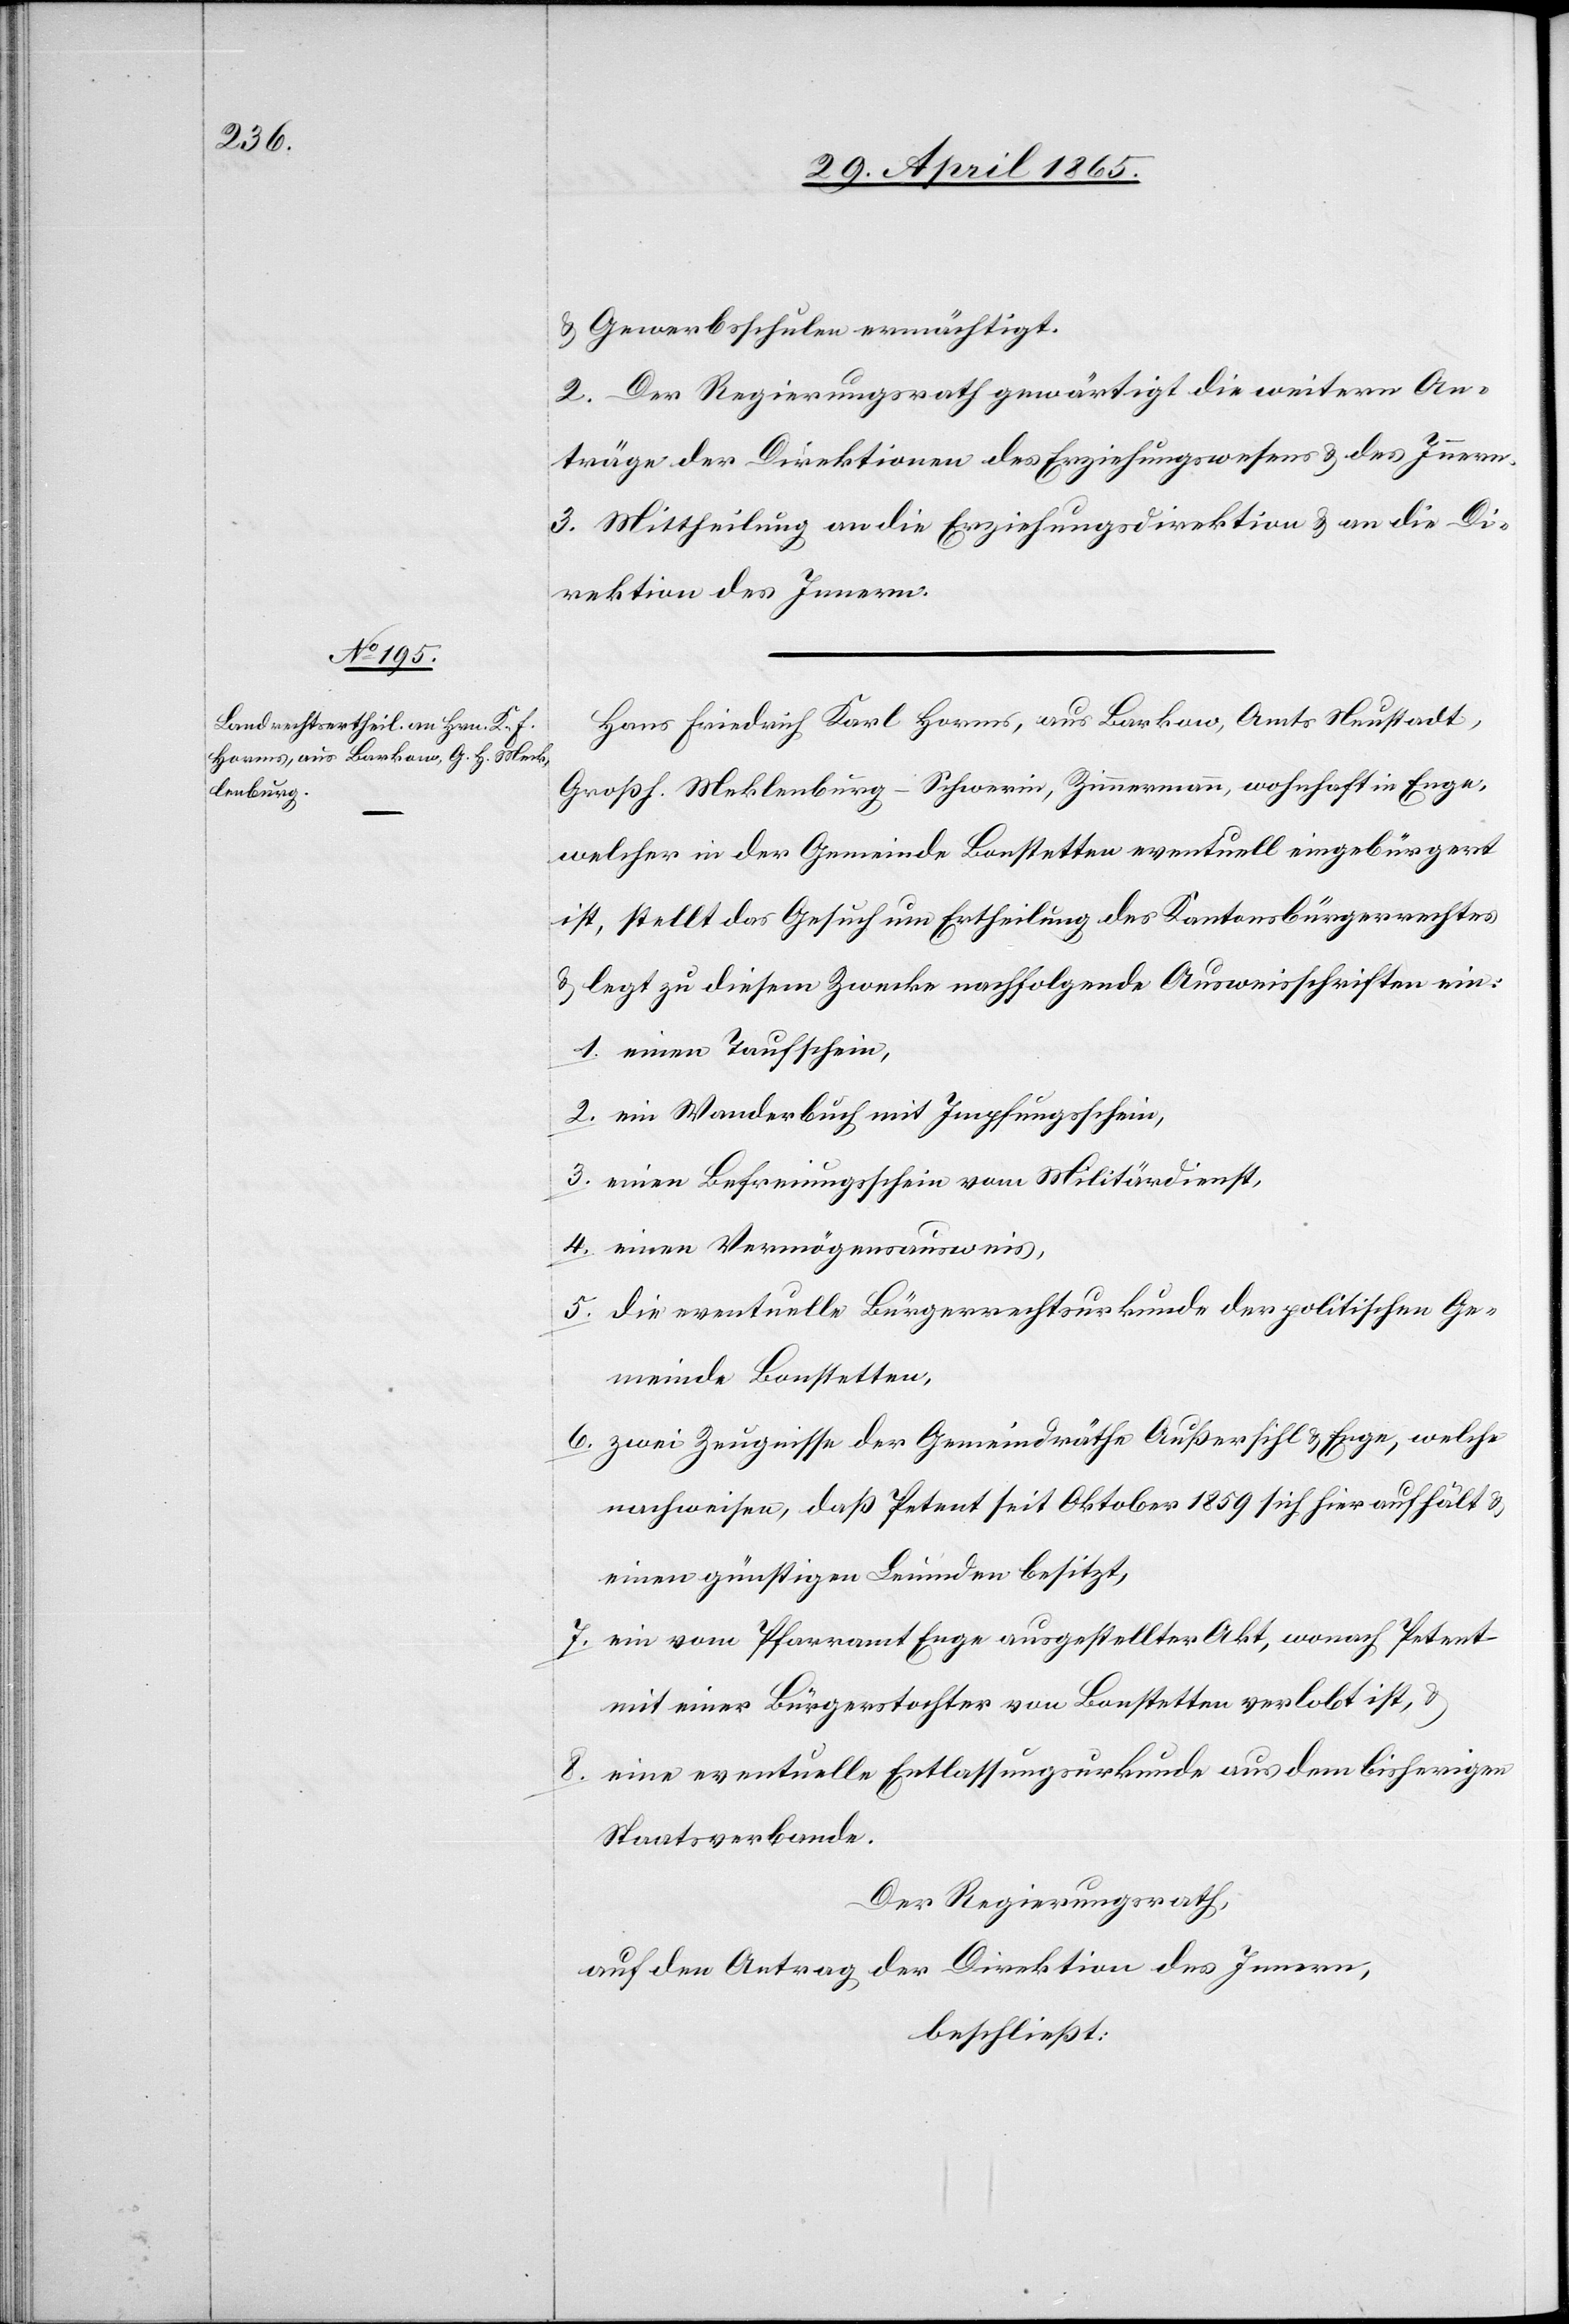
& Gewerbsschulen ermächtigt.
2. Der Regierungsrath gewärtigt die weitern An¬
träge der Direktionen des Erziehungswesens & des Innern.
3. Mittheilung an die Erziehungsdirektion & an die Di¬
rektion des Innern.
Hans Friedrich Karl Horms, aus Barkow, Amts Neustadt,
Großh. Meklenburg-Schwerin, Zimmermann, wohnhaft in Enge,
welcher in der Gemeinde Bonstetten eventuell eingebürgert
ist, stellt das Gesuch um Ertheilung des Kantonsbürgerrechtes
& legt zu diesem Zwecke nachfolgende Ausweisschriften ein:
1. einen Taufschein,
2. ein Wanderbuch mit Impfungsschein,
3. einen Befreiungsschein vom Militärdienst,
4. einen Vermögensausweis,
5. die eventuelle Bürgerrechtsurkunde der politischen Ge¬
meinde Bonstetten,
6. zwei Zeugnisse der Gemeindräthe Außersihl & Enge, welche
nachweisen, daß Petent seit Oktober 1859 sich hier aufhält &
einen günstigen Leumden besitzt,
7. ein vom Pfarramt Enge ausgestellter Akt, wonach Petent
mit einer Bürgerstochter von Bonstetten verlobt ist, &
8. eine eventuelle Entlassungsurkunde aus dem bisherigen
Staatsverbande.
Der Regierungsrath,
auf den Antrag der Direktion des Innern,
beschließt: